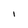
Character: l